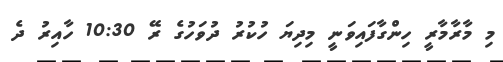
މި މާރާމާރީ ހިންގާފައިވަނީ މިދިޔަ ހުކުރު ދުވަހުގެ ރޭ 10:30 ހާއިރު ދެ